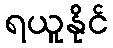
ရယူနိုင်